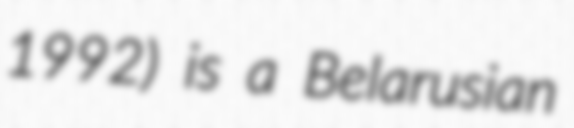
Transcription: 1992) is a Belarusian